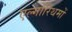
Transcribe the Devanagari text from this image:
एल्गोरिथमों